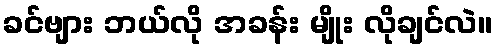
ခင်ဗျား ဘယ်လို အခန်း မျိုး လိုချင်လဲ။